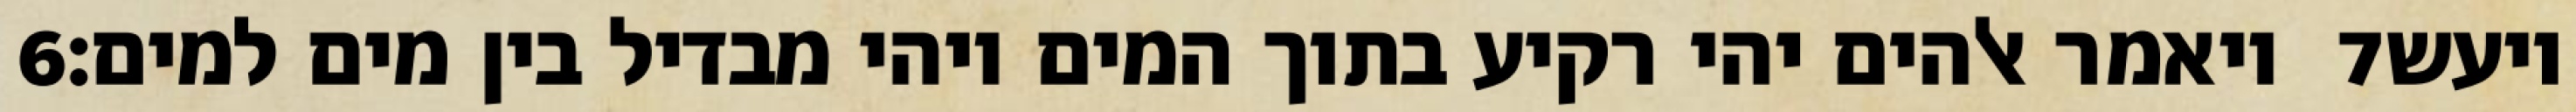
‎6‏ ויאמר אלהים יהי רקיע בתוך המים ויהי מבדיל בין מים למים׃ ‎7‏ ויעש